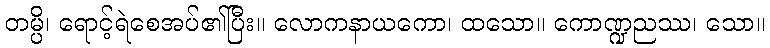
တမ္ပိ၊ ရောင့်ရဲစေအပ်၏ပြီး။ လောကနာယကော၊ ထသော။ ကောဏ္ဍညဿ၊ သော။